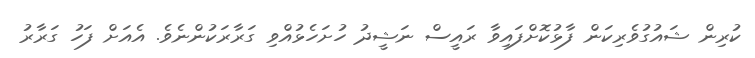
ކުރިން ޝައުގުވެރިކަން ފާޅުކޮށްފައިވާ ރައީސް ނަޝީދު ހުށަހެޅުއްވި ގަރާރަކުންނެވެ. އެއަށް ފަހު ގަރާރު